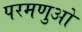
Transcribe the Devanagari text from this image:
परमणुओ